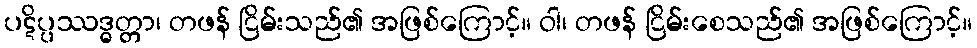
ပဋိပ္ပဿဒ္ဓတ္တာ၊ တဖန် ငြိမ်းသည်၏ အဖြစ်ကြောင့်။ ဝါ၊ တဖန် ငြိမ်းစေသည်၏ အဖြစ်ကြောင့်။